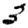
Digit: 3